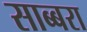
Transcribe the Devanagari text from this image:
साब्बरा